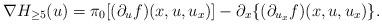
LaTeX: \begin{align*}\nabla H_{\geq 5} (u)=\pi_0[(\partial_u f)(x, u, u_x)]-\partial_x \{ (\partial_{u_x} f) (x, u, u_x) \}.\end{align*}